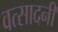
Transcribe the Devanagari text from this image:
वत्सादनी